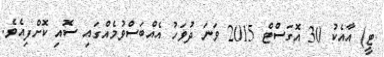
ޓީ) އާއެކު 30 އޮގަސްޓް 2015 ވަނަ ދުވަހު އެއްބަސްވުމެއްގައި ސޮއި ކޮށްފިއެވެ.